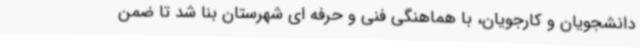
دانشجویان و کارجویان، با هماهنگی فنی و حرفه ای شهرستان بنا شد تا ضمن